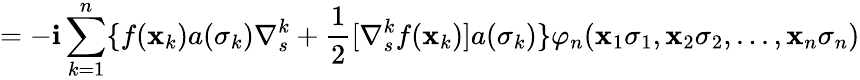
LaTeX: =-\mathbf{i}\sum_{k=1}^{n}\{ f({\mathbf{{x}}}_{k})a(\sigma_{k})\nabla_{s}^{k}+\frac{{1}}{{2}}[\nabla_{s}^{k}f({\mathbf{{x}}}_{k})]a(\sigma_{k})\} \varphi_{n}({\mathbf{{x}}}_{1}\sigma_{1},{\mathbf{{x}}}_{2}\sigma_{2},...,{\mathbf{{x}}}_{n}\sigma_{n})